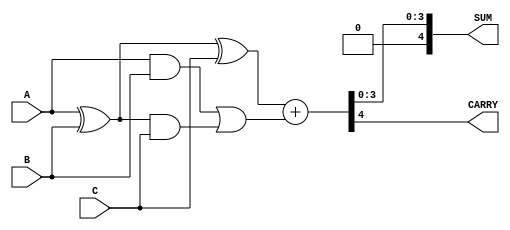
module ripple_carry_save_adder #(
    parameter N = 4 // Bit-width for each operand
) (
    input  [N-1:0] A, // First operand
    input  [N-1:0] B, // Second operand
    input  [N-1:0] C, // Third operand
    output [N:0] SUM, // Final sum output (N+1 bits to accommodate carry)
    output CARRY // Final carry output
);

    // Carry Save Adder (CSA)
    wire [N-1:0] sum1, carry1;
    wire [N-1:0] sum2, carry2;

    // First CSA: A + B
    assign sum1 = A ^ B;               // Sum of A and B
    assign carry1 = A & B;             // Carry of A and B

    // Second CSA: (A + B) + C
    assign sum2 = sum1 ^ C;            // Sum of (A + B) and C
    assign carry2 = carry1 | (sum1 & C); // Carry of (A + B) and C

    // Final Ripple Carry Adder (RCA)
    wire [N:0] final_sum; // Final sum including carry
    wire carry_out;

    // Ripple Carry Adder
    assign final_sum = {1'b0, sum2} + {1'b0, carry2}; // Adding carry to the sum

    assign SUM = final_sum[N-1:0]; // Final sum output
    assign CARRY = final_sum[N];     // Final carry output

endmodule